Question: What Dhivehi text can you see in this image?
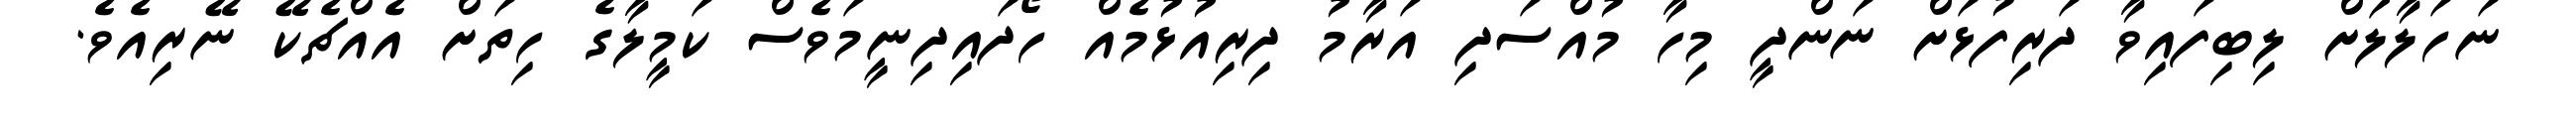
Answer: ނަހަލާލަށް ލިބިފައިވާ ދަރިފުޅަށް ނަންދީ މިހާ މުއްސަދި އަރާމު ދިރިއުޅުމެއް ހޯދައިދިނީމަވެސް ކަމީލާގެ ހިތަށް އެއްޗެކޭ ނޭރިއެވެ.